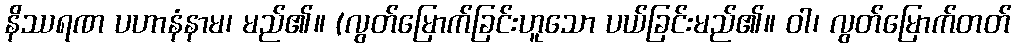
နိဿရဏ ပဟာနံနာမ၊ မည်၏။ (လွတ်မြောက်ခြင်းဟူသော ပယ်ခြင်းမည်၏။ ဝါ၊ လွတ်မြောက်တတ်